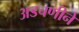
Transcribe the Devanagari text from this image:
अडचणीने